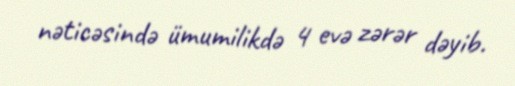
nəticəsində ümumilikdə 4 evə zərər dəyib.